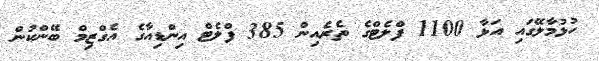
ހުޅުމާލޭގައި އަޅާ 1100 ފްލެޓްގެ ތެރެއިން 385 ފްލެޓް އިންޑިއާގެ އެގްޒިމް ބޭންކުން